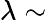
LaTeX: \lambda\sim